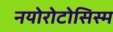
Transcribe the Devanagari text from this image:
नयोरोटोसिस्म